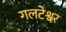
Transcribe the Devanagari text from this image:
गलटेश्वर